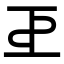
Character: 𢀓